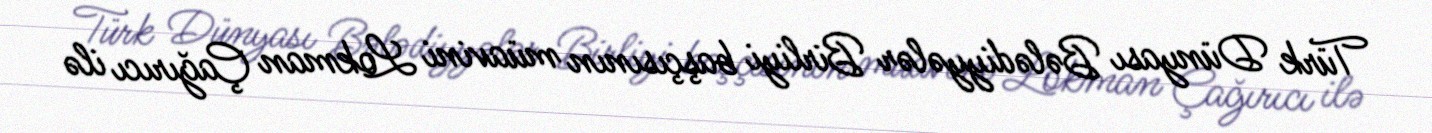
Türk Dünyası Bələdiyyələr Birliyi başçısının müavini Lokman Çağırıcı ilə